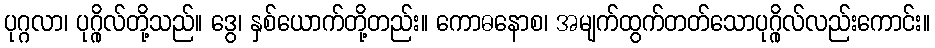
ပုဂ္ဂလာ၊ ပုဂ္ဂိုလ်တို့သည်။ ဒွေ၊ နှစ်ယောက်တို့တည်း။ ကောဓနောစ၊ အမျက်ထွက်တတ်သောပုဂ္ဂိုလ်လည်းကောင်း။